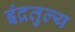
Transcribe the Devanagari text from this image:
इंद्रतुल्य